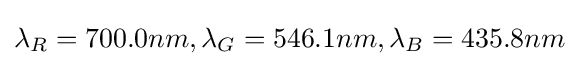
\lambda _{R}=700.0nm,\lambda _{G}=546.1nm,\lambda _{B}=435.8nm